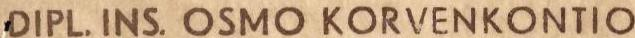
DIPL. INS. OSMO KORVENKONTIO